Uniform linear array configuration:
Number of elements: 24
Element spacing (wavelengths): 1
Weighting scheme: blackman
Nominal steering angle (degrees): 60
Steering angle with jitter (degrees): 60.314
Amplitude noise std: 0.05
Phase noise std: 0.05

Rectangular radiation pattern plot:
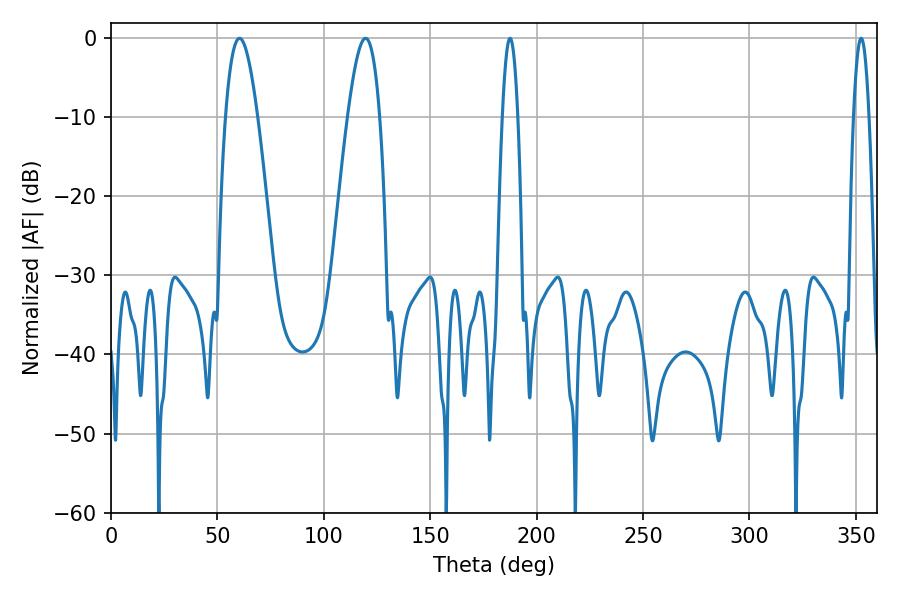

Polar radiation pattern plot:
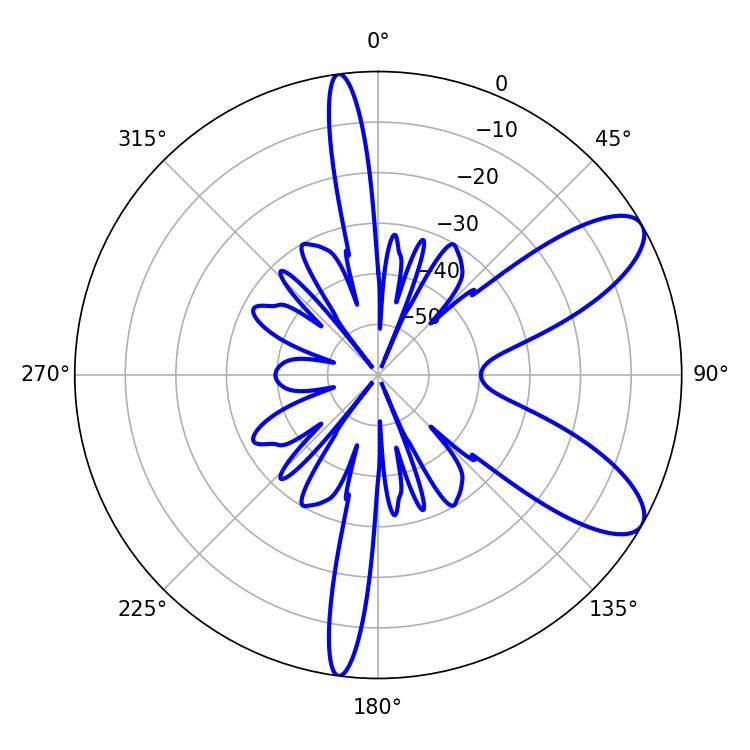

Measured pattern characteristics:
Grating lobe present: TRUE
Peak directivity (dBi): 9.009
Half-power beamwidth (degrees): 8.28
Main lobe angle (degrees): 60.3